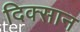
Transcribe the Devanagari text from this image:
दिक्सान